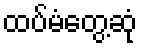
ထပ်မံတွေ့ဆုံ